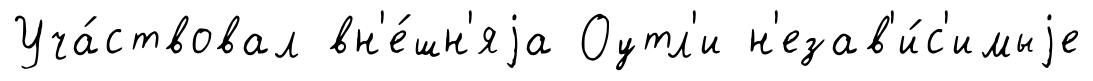
Уча́ствовал вн'е́шн'яjа Оутл'и н'езав'и́с'имыjе